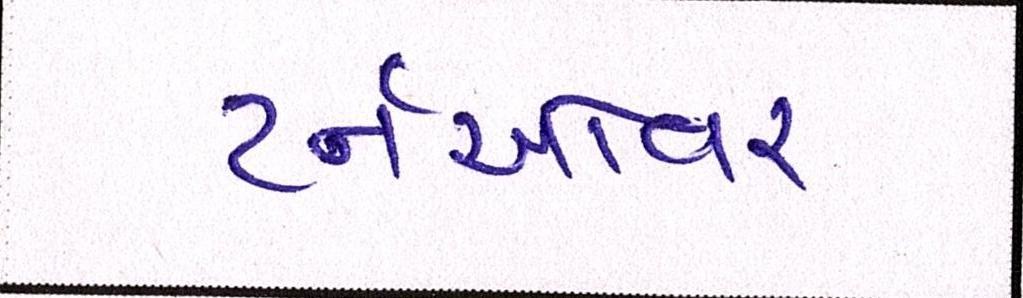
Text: ટર્નઓવર